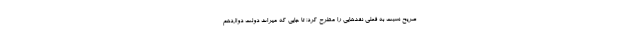
صریح نسبت به فعلی نقدهایی را مطرح کرد؛ تا جایی که میراث دولت دوازدهم